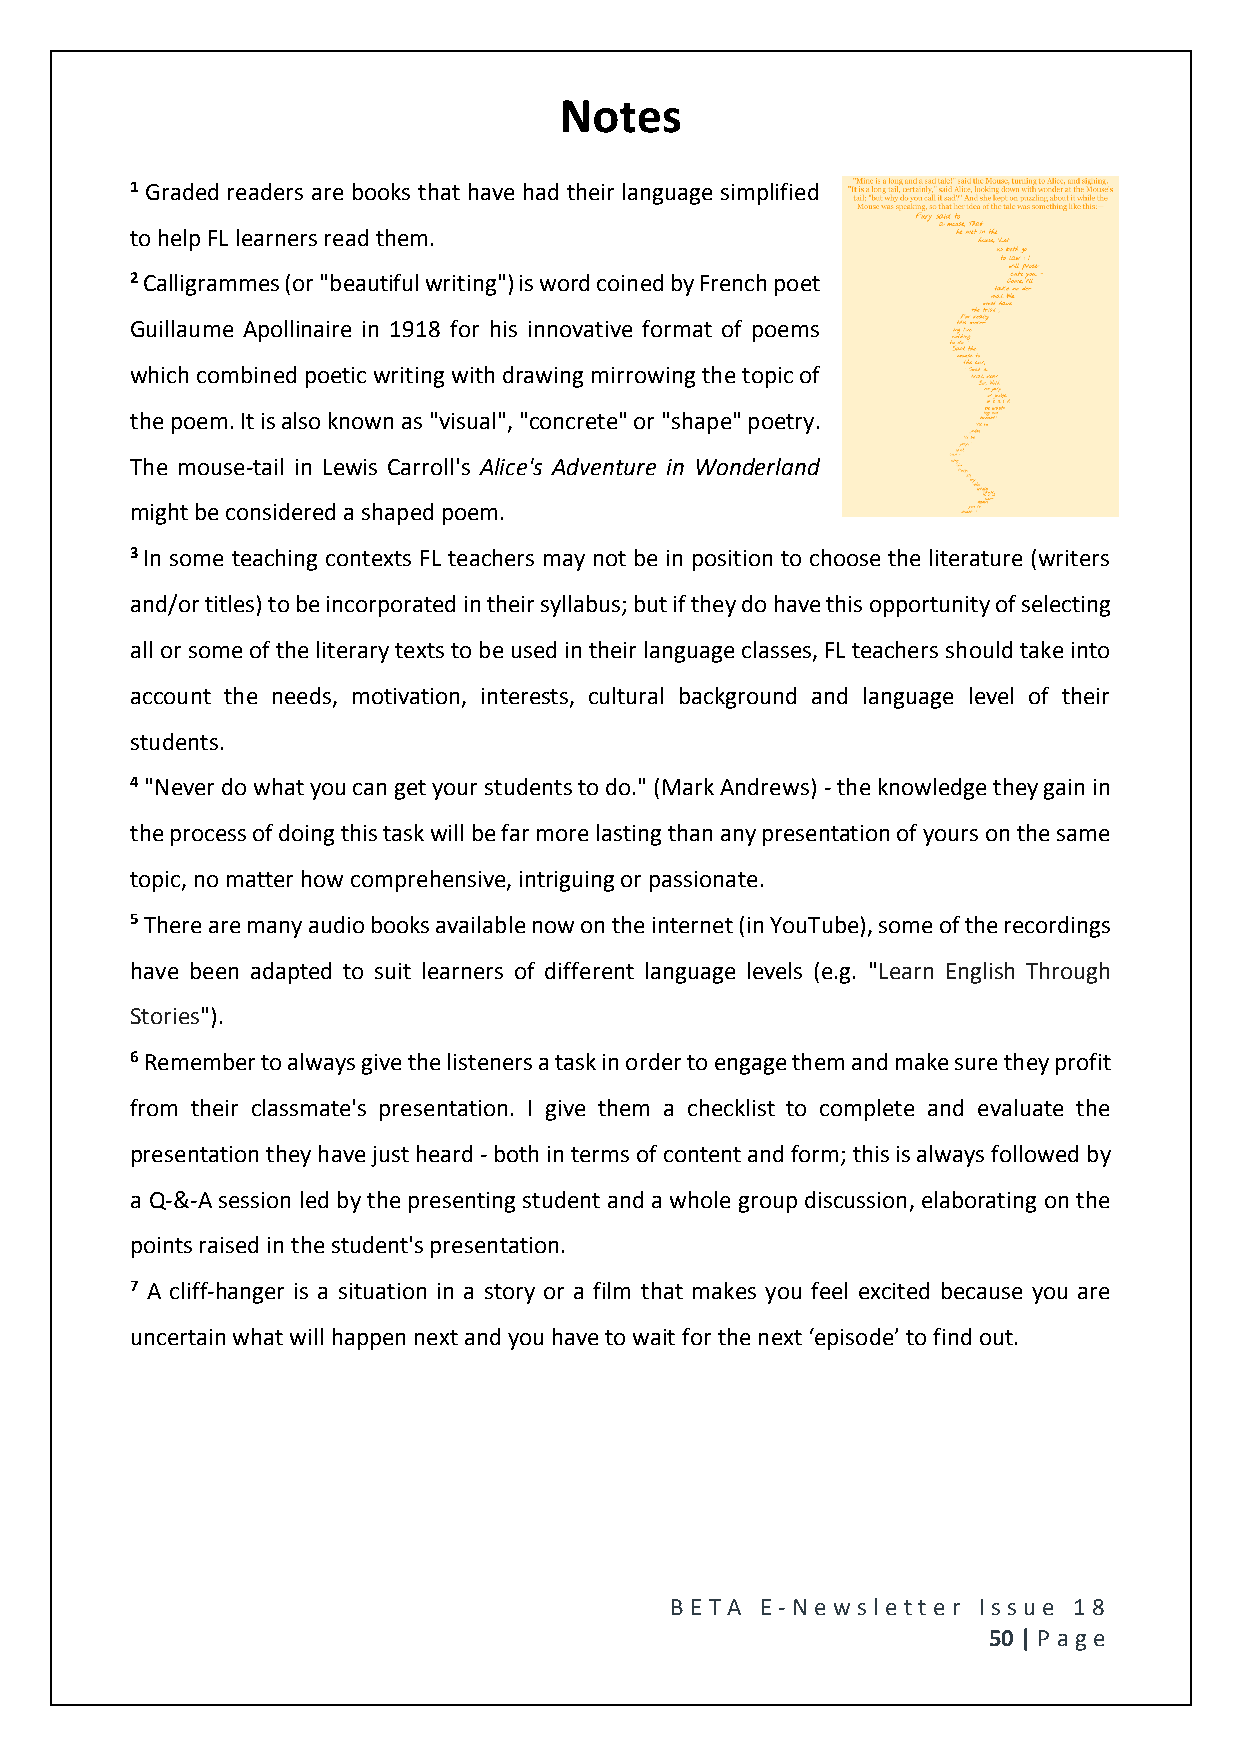
Notes
 1 Graded readers are books that have had their language simplified
 to help FL learners read them.
 2 Calligrammes (or "beautiful writing") is word coined by French poet
 Guillaume Apollinaire in 1918 for his innovative format of poems
 which combined poetic writing with drawing mirrowing the topic of
 the poem. It is also known as "visual", "concrete" or "shape" poetry.
 The mouse-tail in Lewis Carroll's Alice's Adventure in Wonderland
 might be considered a shaped poem.
 3 In some teaching contexts FL teachers may not be in position to choose the literature (writers
 and/or titles) to be incorporated in their syllabus; but if they do have this opportunity of selecting
 all or some of the literary texts to be used in their language classes, FL teachers should take into
 account the needs, motivation, interests, cultural background and language level of their
 students.
 4 "Never do what you can get your students to do." (Mark Andrews) - the knowledge they gain in
 the process of doing this task will be far more lasting than any presentation of yours on the same
 topic, no matter how comprehensive, intriguing or passionate.
 5 There are many audio books available now on the internet (in YouTube), some of the recordings
 have been adapted to suit learners of different language levels (e.g. "Learn English Through
 Stories").
 6 Remember to always give the listeners a task in order to engage them and make sure they profit
 from their classmate's presentation. I give them a checklist to complete and evaluate the
 presentation they have just heard - both in terms of content and form; this is always followed by
 a Q-&-A session led by the presenting student and a whole group discussion, elaborating on the
 points raised in the student's presentation.
 7 A cliff-hanger is a situation in a story or a film that makes you feel excited because you are
 uncertain what will happen next and you have to wait for the next ‘episode’ to find out.
 BE T A E -N e wsle tt e r Issue 18
 50 | P age